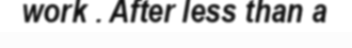
work . After less than a